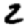
Digit: 2